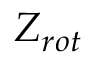
Z _ { r o t }